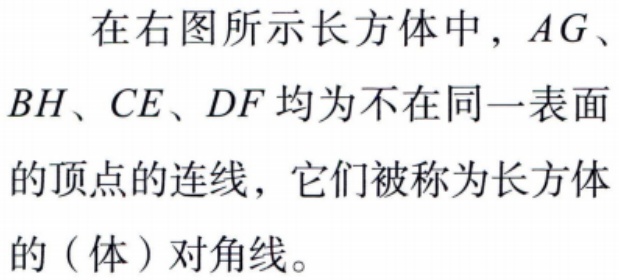
在右图所示长方体中，\(AG\)、\(BH\)、\(CE\)、\(DF\)均为不在同一表面的顶点的连线，它们被称为长方体的（体）对角线。